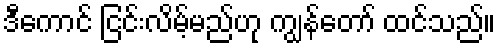
ဒီကောင် ငြင်းလိမ့်မည်ဟု ကျွန်တော် ထင်သည်။